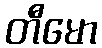
တီမော